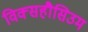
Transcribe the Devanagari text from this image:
विक्सहौसिउम